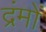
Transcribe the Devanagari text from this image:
द्रंमों